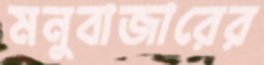
মনুবাজারের